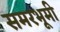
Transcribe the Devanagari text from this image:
समरभूमी